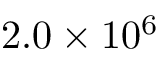
2 . 0 \times 1 0 ^ { 6 }